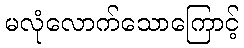
မလုံလောက်သောကြောင့်